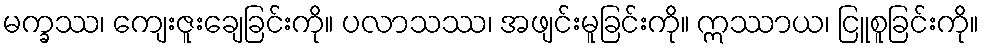
မက္ခဿ၊ ကျေးဇူးချေခြင်းကို။ ပလာသဿ၊ အဖျင်းမူခြင်းကို။ ဣဿာယ၊ ငြူစူခြင်းကို။